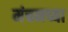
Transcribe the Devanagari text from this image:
मंचनच्या